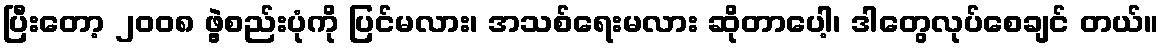
ပြီးတော့ ၂၀၀၈ ဖွဲ့စည်းပုံကို ပြင်မလား၊ အသစ်ရေးမလား ဆိုတာပေါ့၊ ဒါတွေလုပ်စေချင် တယ်။